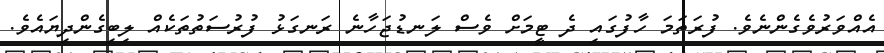
އެއްވަރުވެގެންނެވެ. ފުރަތަމަ ހާފުގައި ދެ ޓީމަށް ވެސް ލަނޑުޖަހާނެ ރަނގަޅު ފުރުސަތުތަކެއް ލިބިގެންދިޔައެވެ.